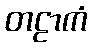
တဠာကံ